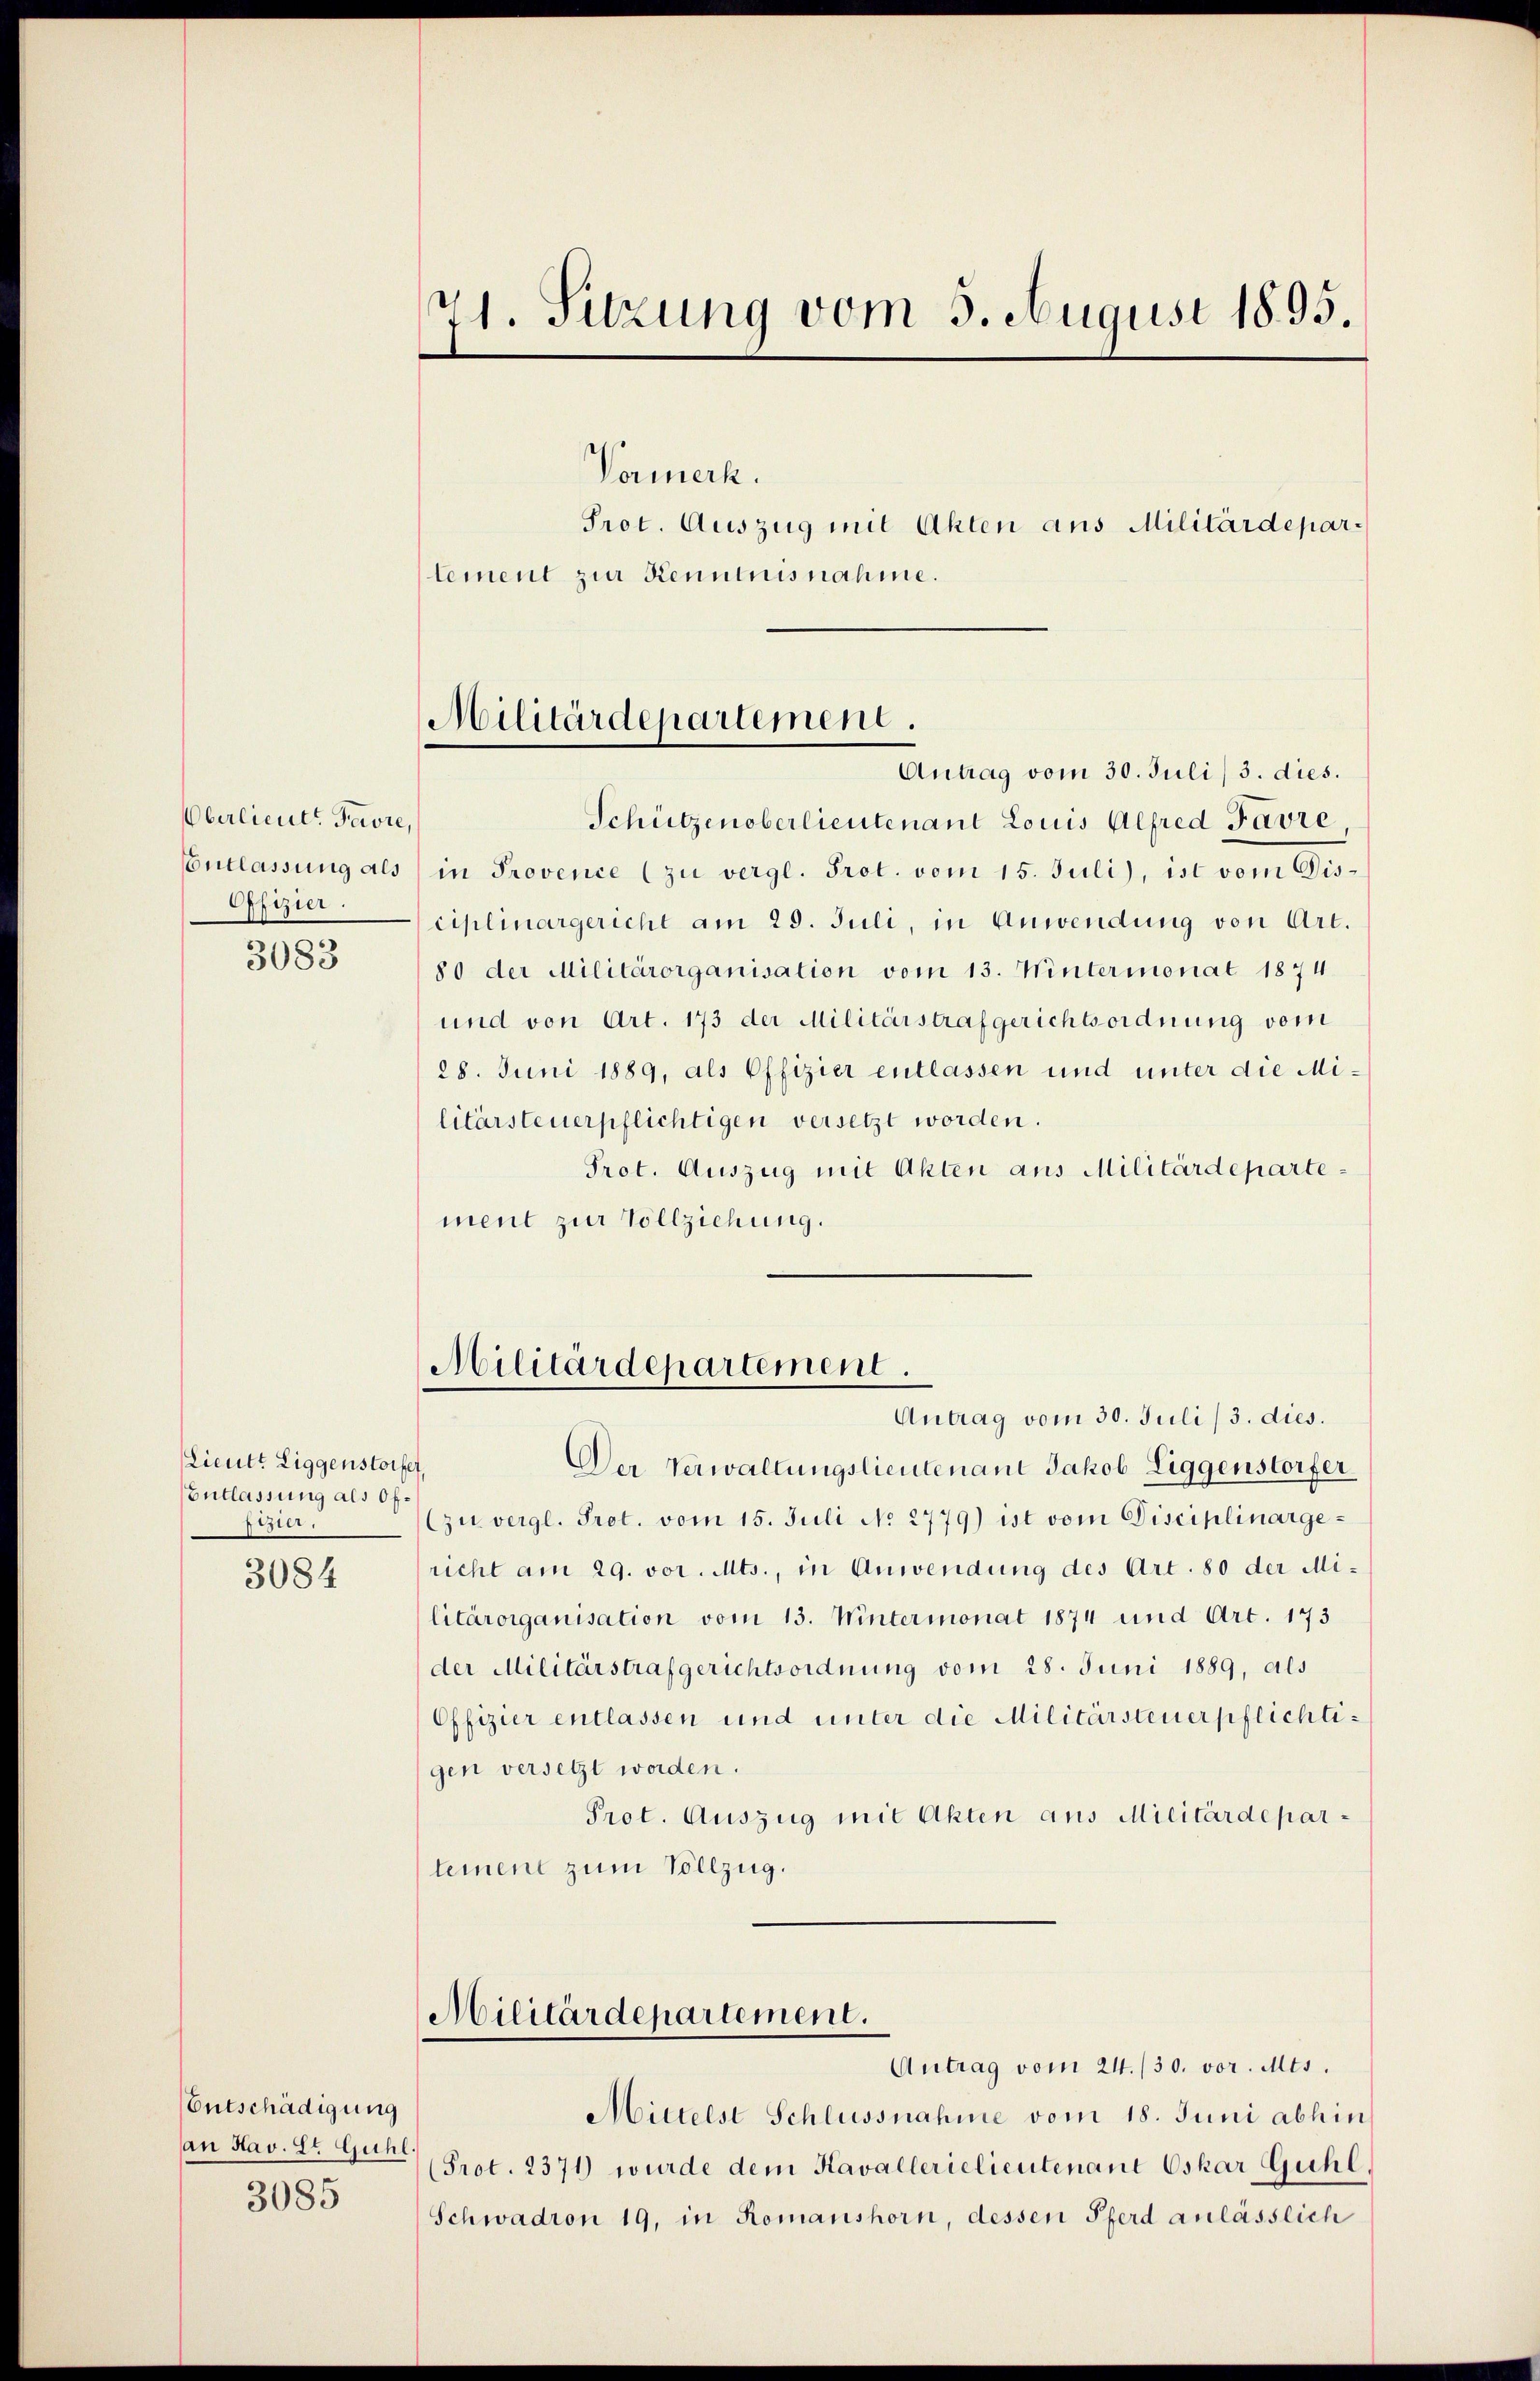
71. Sitzung vom 3. August 1895

Vormerk.
Prot. Auszug mit Akten aus Militärdepartement zur Kenntnisnahme.

Militärdepartement.

Antrag vom 30. Juli/ 3. dies.
Schützenoberlieutenant Louis Alfred Favre
Entlassung als in Provence (zu vergl. Prot. vom 15. Juli), ist vom Gisciplinargericht am 29. Juli, in Anwendung von Art.
80 der Militärorganisation vom 13. Wintermonat 1874
und von Art. 173 der Militärstrafgerichtsordnung vom
28. Juni 1889, als Offizier entlassen und unter die Militärsteuerpflichtigen versetzt worden.
Prot. Auszug mit Akten aus Militärdepartement zur Vollziehung.

Oberlieut. Favre,
Offizier.

3083

Militärdepartement.
Antrag vom 30. Juli/3. dies.

Der Verwaltungslieutenant Jakob Liggenstorfer
zuvergl. Prot. vom 15. Juli No 2779) ist vom Disciplinargericht am 29. vor. Mts., in Anwendung des Art. 80 der Militärorganisation vom 13. Wintermonat 1874 und Art. 173
der Militärstrafgerichtsordnung vom 28. Juni 1889, als
Offizier entlassen und unter die Militärsteuerpflichtigen versetzt worden.
Prot. Auszug mit Akten aus Militärdepartement zum Vollzug.

Lieutt Liggenstorfer,
Entlassung als Ofe
stier.

3084

Militärdepartement.
Antrag vom 24./30. vor. Mts.

Mittelst Schlussnahme vom 18. Juni abhin
(Prot. 2371) wurde dem Kavallerielieutenant Oskar Guhl
Schwadron 19, in Romanshorn, dessen Pferd anlässlich

Entschädigung
an Hav. Et Guhl.

3085